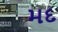
મદ